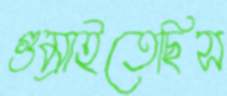
গুম্‌রাইতেছিস